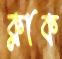
ক্লাক